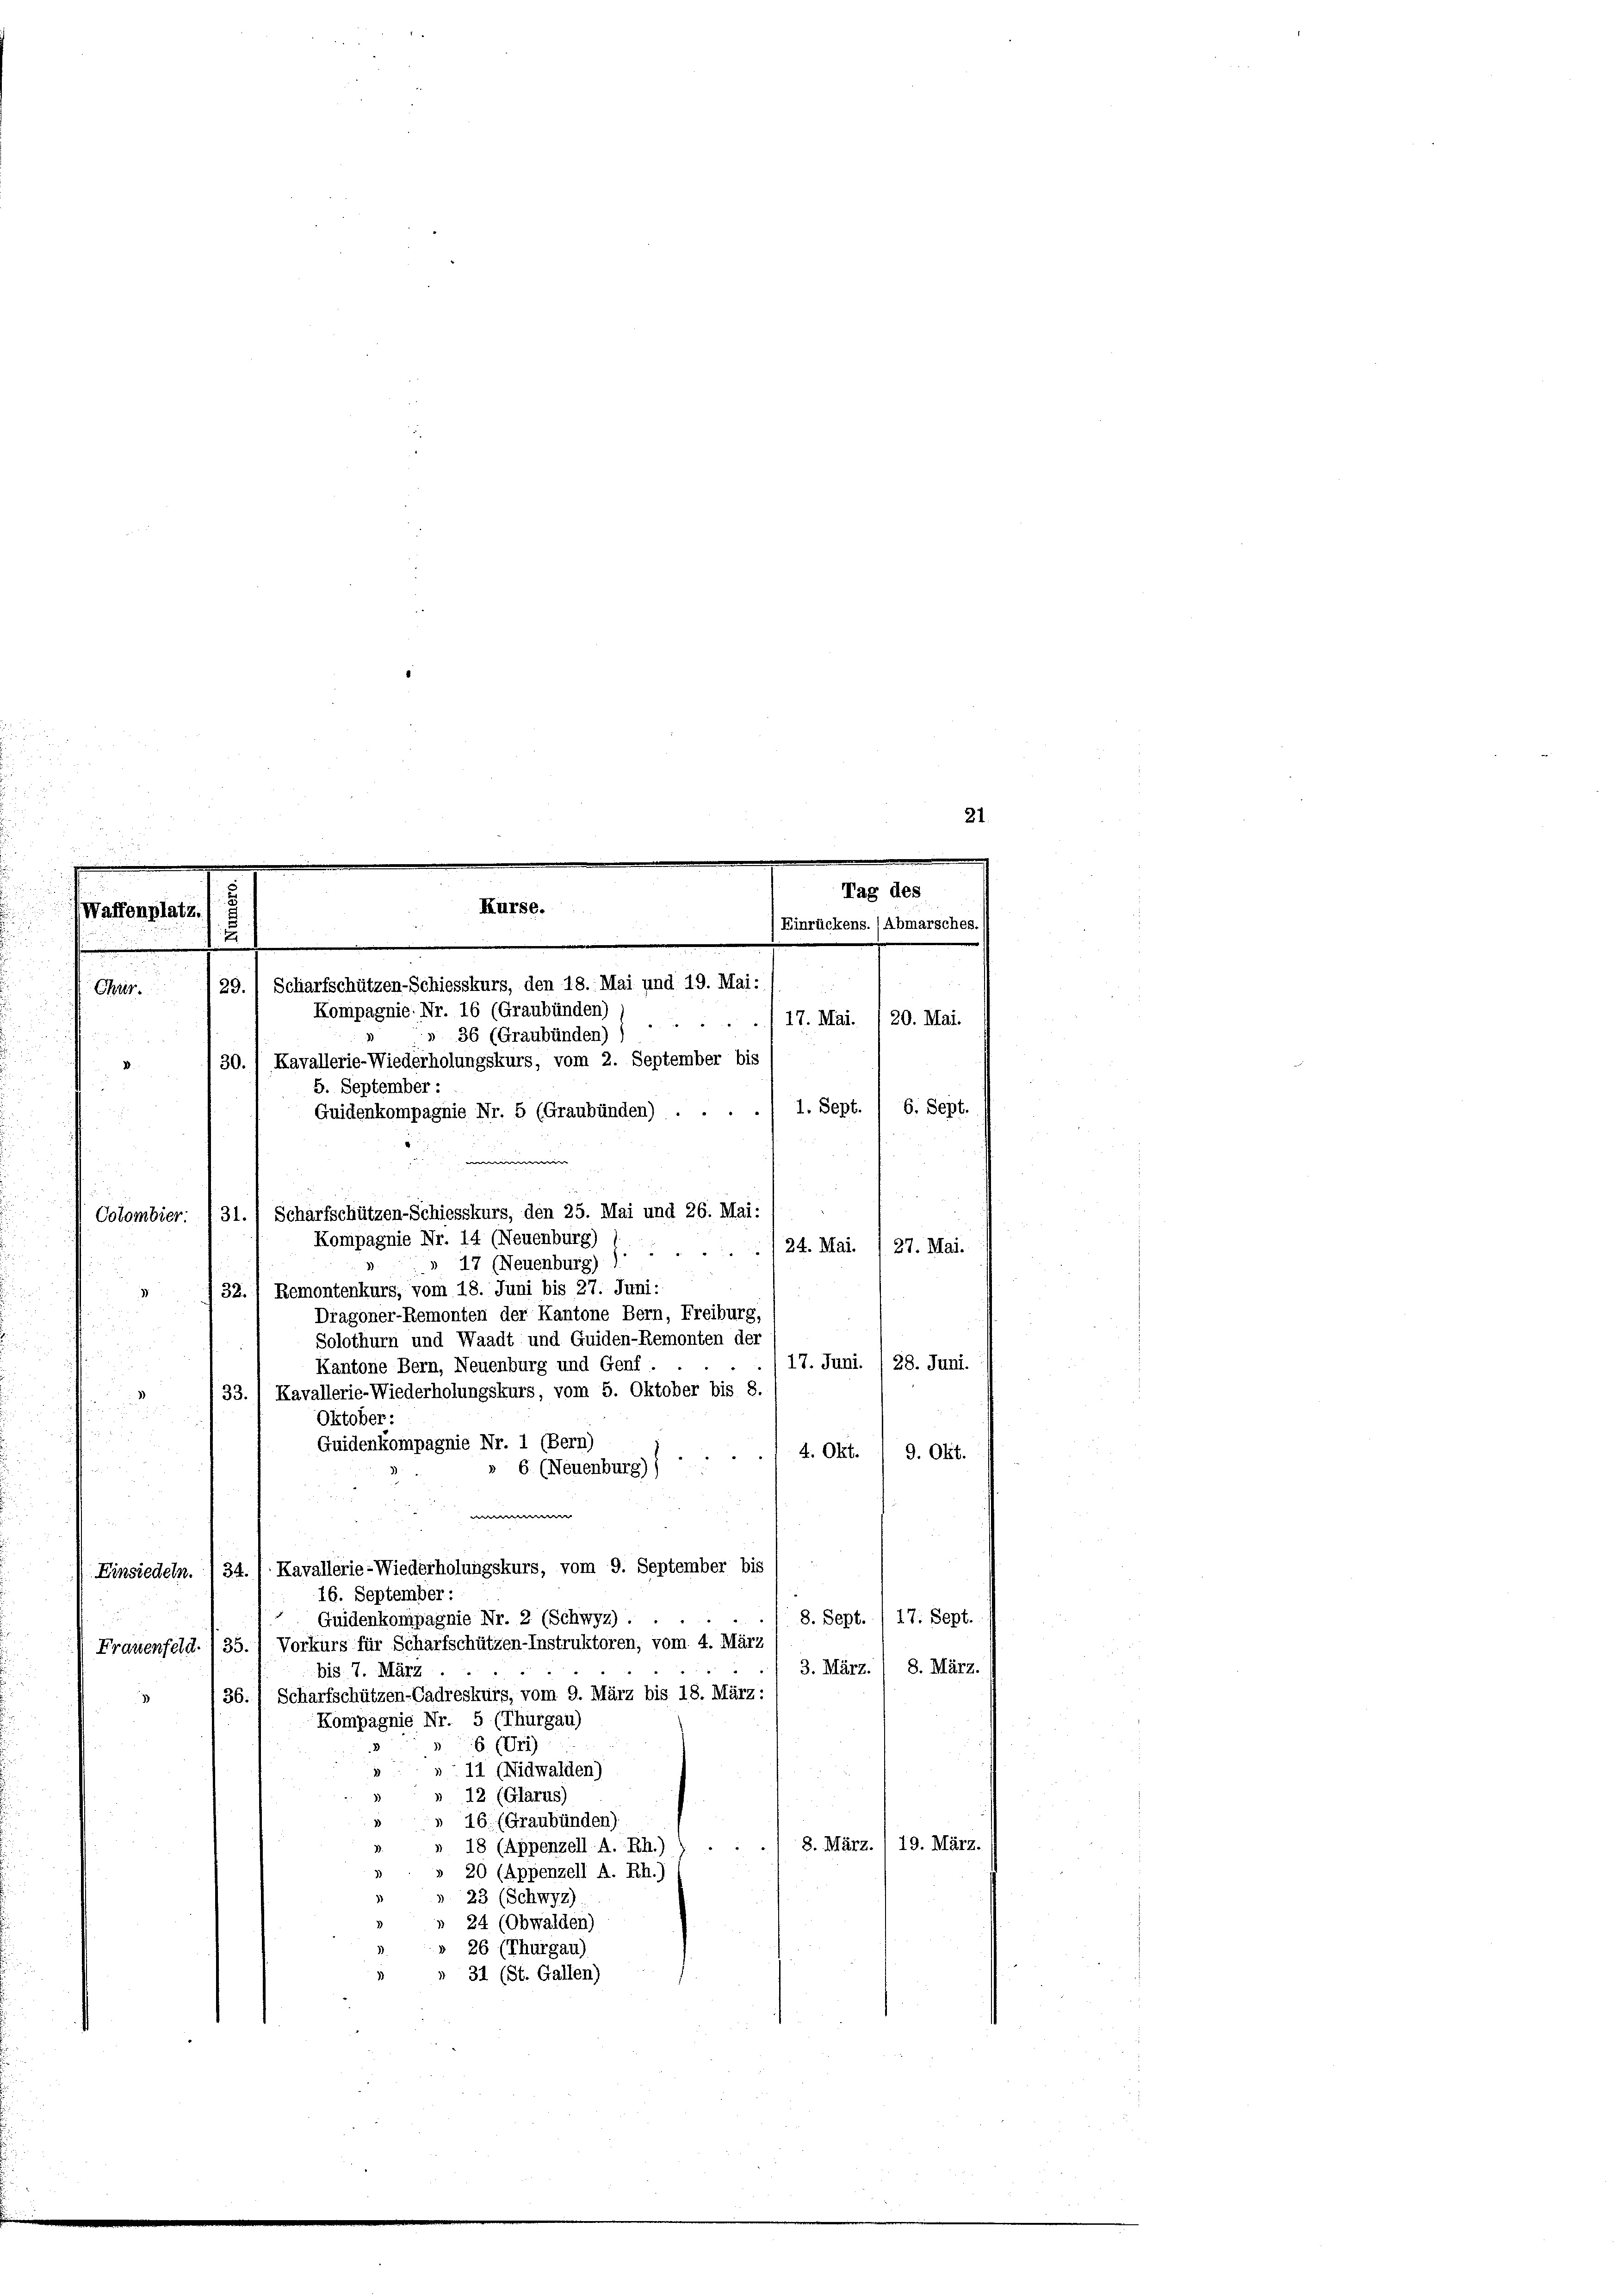
Kürse.
Waffenplatz.
2
.

29.) Scharfschützen-Schiesskurs, den 18. Mai und 19. Mai:
Chris
Kompagnie, Nr. 16 (Graubünden)
» 36 (Graubünden))
30. / Kavallerie-Wiederholungskurs, vom 2. September bis
¬
Guidenkompagnie Nr. 5 (Graubünden) . . .
w
Colombier. 131.) Scharfschützen-Schiesskurs, den 25. Mai und 26. Mai:
Kompagnie Nr. 14 (Neuenburg)
/24. Mai. /27. Mai.
d
2 x
» 17 (Neuenburg)
 732. 1 Remontenkurs, vom 18. Juni bis 27. Juni:
Dragoner-Remonten der Kantone Bern, Freiburg,
Solothurn und Waadt und Guiden-Remonten der
17. Juni. / 28. Juni.
Kantone Bern, Neuenburg und Genf.
/33. 1 Kavallerie-Wiederholungskurs, vom 5. Oktober bis 8.
3
h
Oktober:
Guidenkompagnie Nr. 1 (Bern)
4. Okt.
9. Okt.
 6 (Neuenburg))
w
Einsiedeln. 34. / Kavallerie-Wiederholungskurs, vom 9. September bis
16. September :
8. Sept./17. Sept.
Guidenkompagnie Nr. 2 (Schwyz)
Frauenfeld. 135.) Vorkurs für Scharfschützen-Instruktoren, vom 4. März
3. März. 1 8. März.
bis 7. März
36.) Scharfschützen-Cadreskurs, vom 9. März bis 18. März:
Kompagnie Nr. 5 (Thurgau)
6 (Uri)
 11 (Nidwalden)
» 12 (Glarus)
 16. (Graubünden)
8. März. I 19. März.
 18 (Appenzell A.-Rh.)
» 20 (Appenzell A. Rh.)
 23 (Schwyz)
 24 (Obwalden)
» 26 (Thurgau)
 31 (St. Gallen)

5. September :

21.

Tag des
Einrückens. (Abmarsches.
./17. Mai. (20. Mai.
1. Sept.
6. Sept.